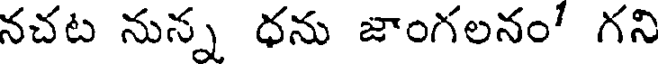
నచట నున్న ధను జాంగలనం" గని